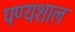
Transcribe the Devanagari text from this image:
पण्यशाल